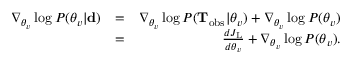
\begin{array} { r l r } { \nabla _ { \boldsymbol { \theta } _ { v } } \log P ( \boldsymbol { \theta } _ { v } | { \bf d } ) } & { = } & { \nabla _ { \boldsymbol { \theta } _ { v } } \log P ( \mathbf { T } _ { \mathrm { o b s } } | \boldsymbol { \theta } _ { v } ) + \nabla _ { \boldsymbol { \theta } _ { v } } \log P ( \boldsymbol { \theta } _ { v } ) } \\ & { = } & { \frac { d J _ { \mathrm { L } } } { d \boldsymbol { \theta } _ { v } } + \nabla _ { \boldsymbol { \theta } _ { v } } \log P ( \boldsymbol { \theta } _ { v } ) . } \end{array}